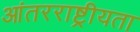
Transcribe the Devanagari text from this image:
आंतरराष्ट्रीयता